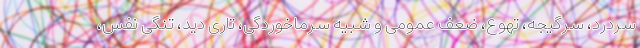
سردرد، سرگیجه، تهوع، ضعف عمومی و شبیه سرماخوردگی، تاری دید، تنگی نفس،